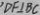
D F \bot B C